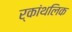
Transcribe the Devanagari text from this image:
र्कांथलिक